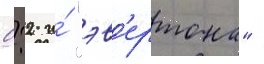
0:2 и́ "эв'ертона"